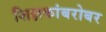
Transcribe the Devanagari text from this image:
शिक्षकांबरोबर